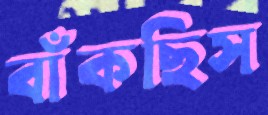
বাঁকছিস